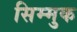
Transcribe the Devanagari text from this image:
सिम्मुक